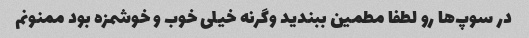
در سوپ‌ها رو لطفا مطمین ببندید وگرنه خیلی خوب و خوشمزه بود ممنونم